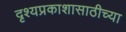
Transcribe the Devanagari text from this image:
दृश्यप्रकाशासाठीच्या